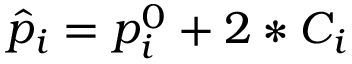
\hat { p } _ { i } = p _ { i } ^ { 0 } + 2 * C _ { i }